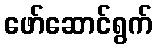
ဖော်ဆောင်ရွက်